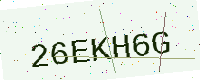
Text: 26EKH6G